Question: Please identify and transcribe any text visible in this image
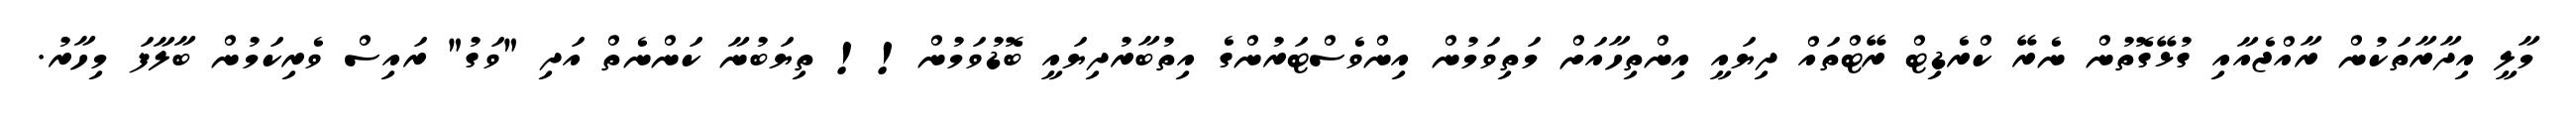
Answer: މާލީ އިދާރާތަކުން ރާއްޖެއާއި ގުޅޭގޮތުން ނެރޭ ކްރެޑިޓް ރޭޓްތައް ދިޔައީ އިންތިހާއަށް މަތިވަމުން އިންވެސްޓަރުންގެ އިތުބާރުދިޔައީ ބޮޑުވަމުން!! ތިޔަބުނާ ކަންނެތް އަދި "ވަގު" ރައިސް ވެރިކަމުން ބާލާފަ މިހާރު.